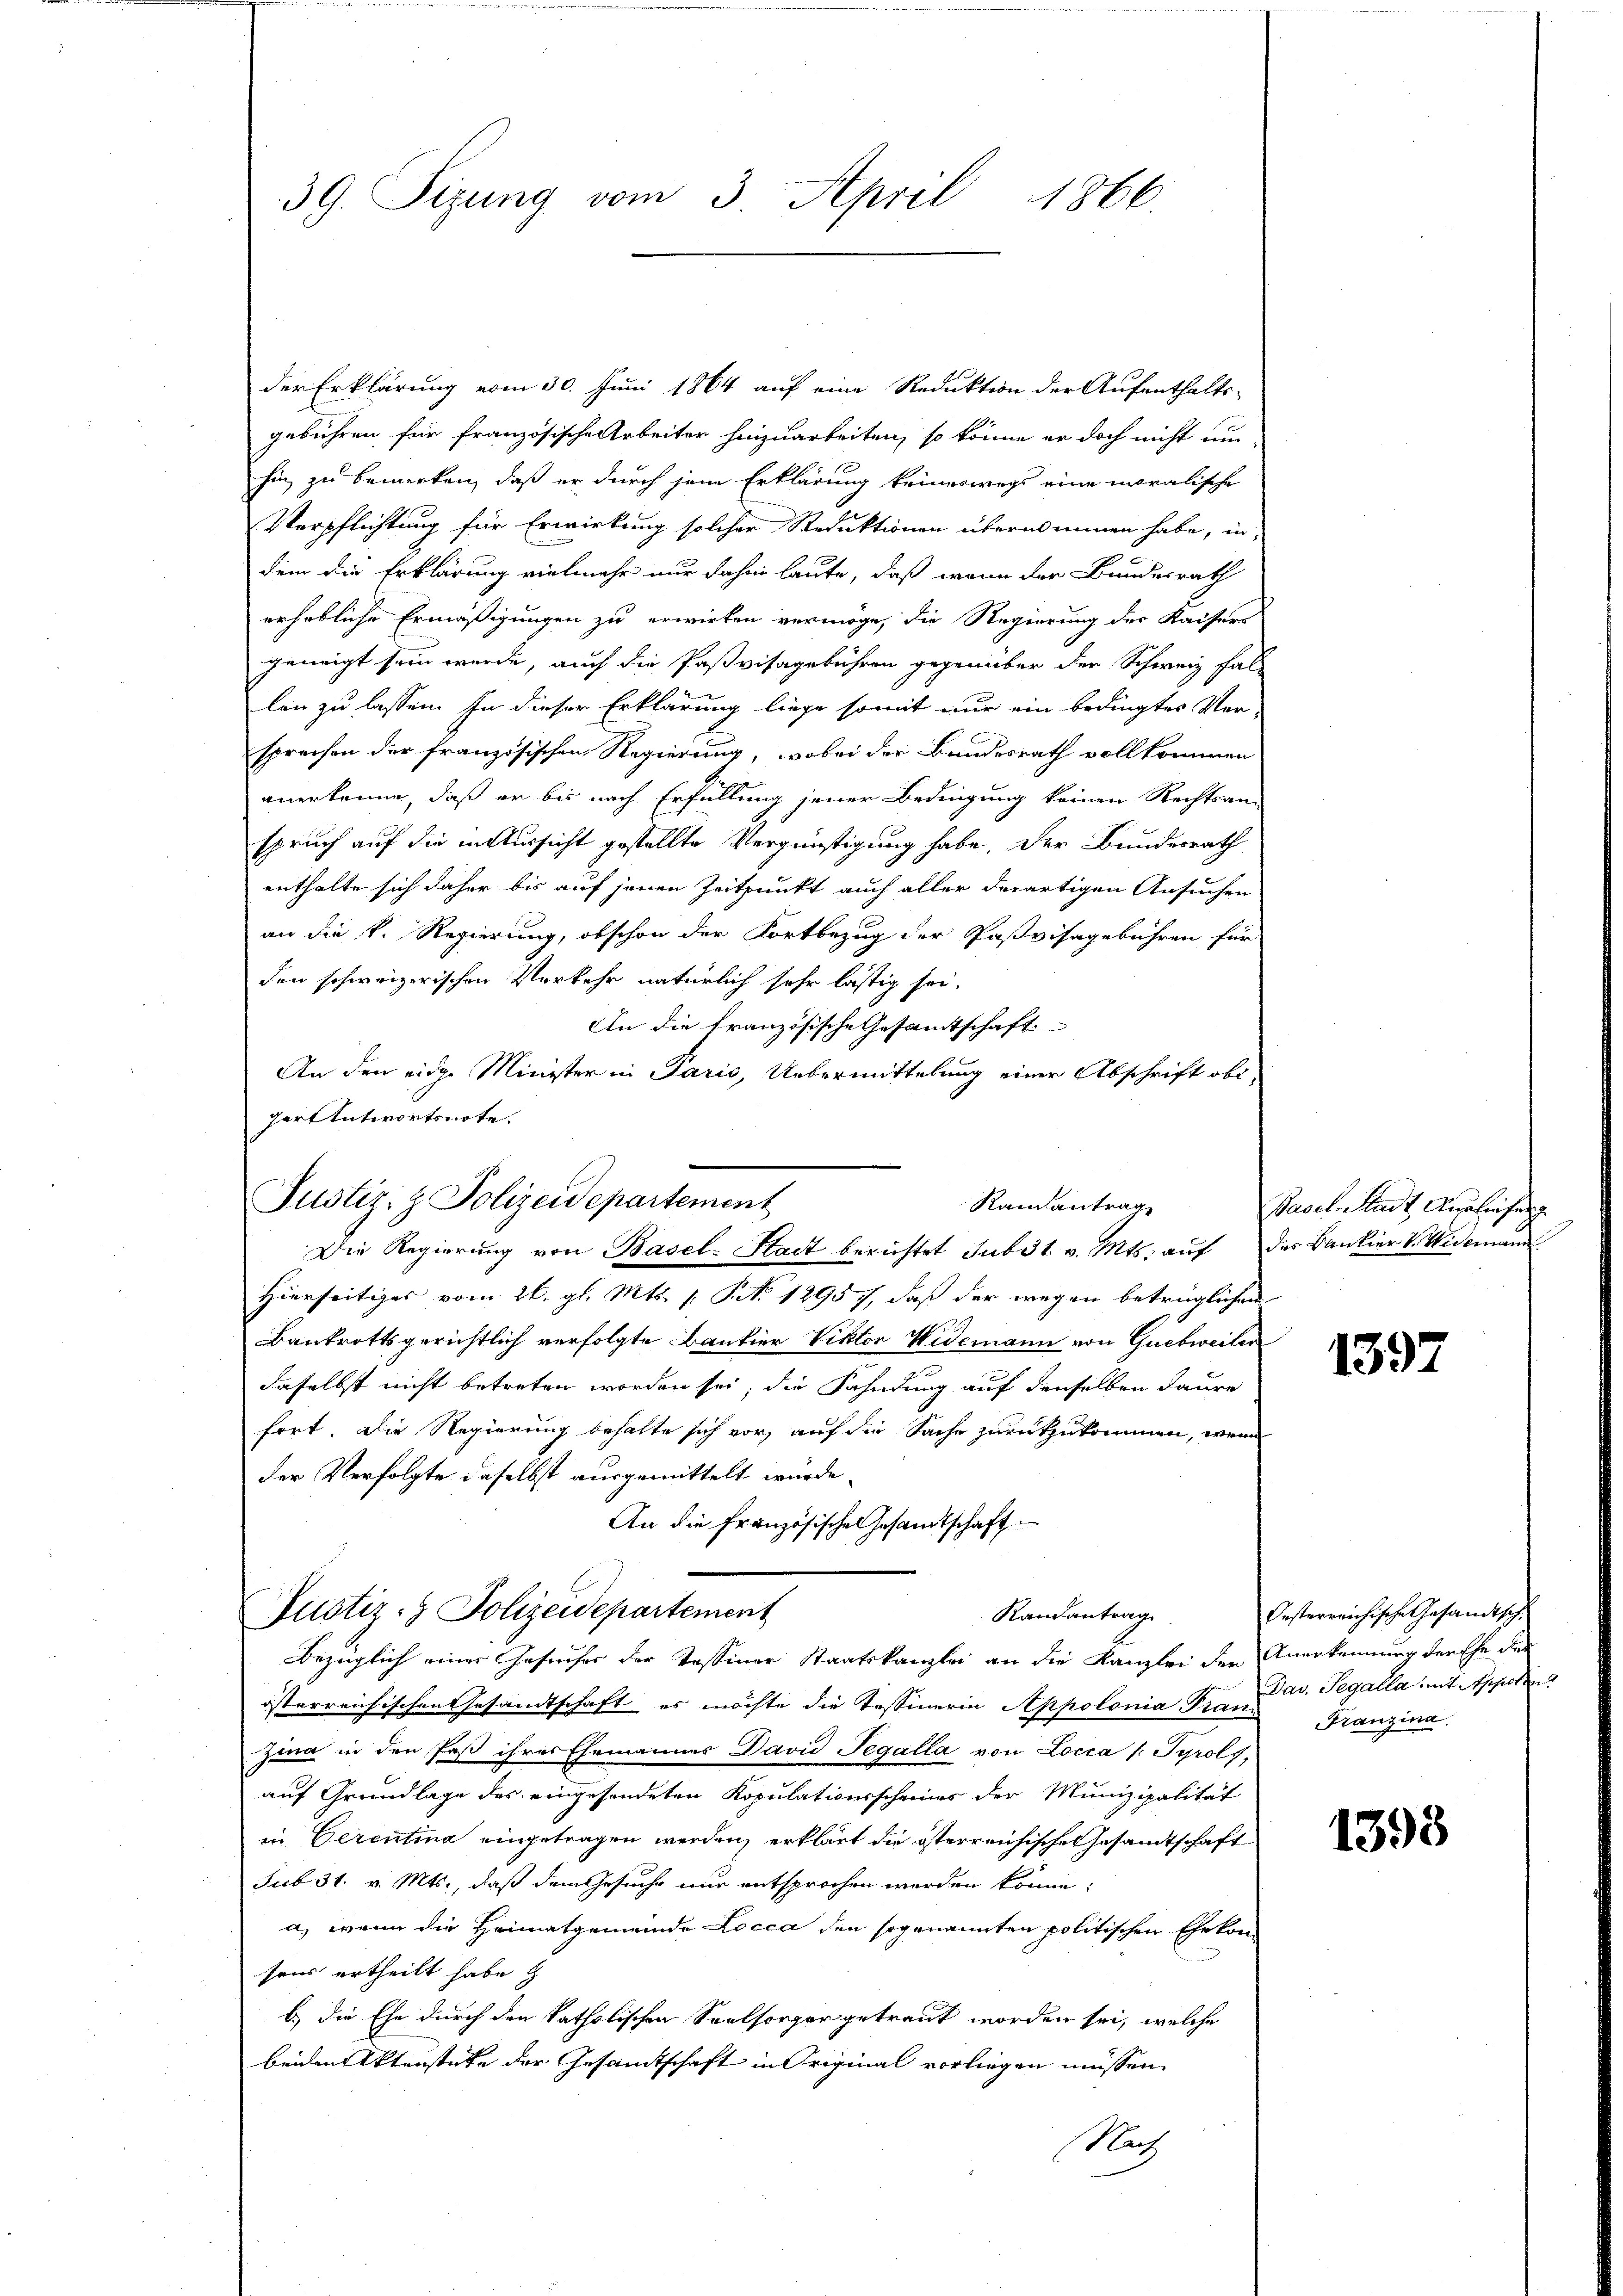
39. Sizung vom 3. April 1866

der Erklärung vom 30. Juni 1864 auf eine Reduktion der Aufenthalts-
gebühren für französische Arbeiter hinzuarbeiten, so könne er doch nicht um-
hin zu bemerken, daß er durch jene Erklärung keineswegs eine moralische
Verpflichtung für Erwirkung solcher Reduktionen übernommen habe, in
dem die Erklärung vielmehr nur dahin laute, daß wenn der Bundesrath
erhebliche Ermäßigungen zu erwirken vermöge, die Regierung der Kaisers
geneigt sein werde, auch die Pastvisagebühren gegenüber der Schweiz fal
len zu lassen. In dieser Erklärung liege somit nur ein bedingter Ver-
sprechen der französischen Regierung, wobei der Bundesrath vollkommen
anerkenne, daß er bis nach Erfüllung jener Bedingung keinen Rechtsan-
spruch auf die in Aussicht gestellte Vergünstigung habe. Der Bundesrath
enthalte sich daher bis auf jenen Zeitpunkt auch aller derartigen Ansuchen
an die k. Regierung, obschon der Fortbezug der Paßvisagebühren für
den schweizerischen Verkehr natürlich sehr lästig sei.
An die französische Gesamtschaft
An den eidge Minister in Paris, Uebermittelung einer Abschrift obiherantwortsnote.
Die Regierung von Basel-Stadt berichtet sub 31. v. Mts. auf des Bankier V. Widemann
Hierseitiges vom 26. gl. Mts. 1. No 12957, daß der wegen betrüglichen
Bankrottsgerichtlich verfolgte Bantier Viktor Widemann von Guebweilen
daselbst nicht betreten worden sei; die Fahndung auf denselben daure
fret. Die Regierung behalte sich vor, auf die Sache zurückzukommen, wenn
der Verfolgte daselbst ausgemittelt würde.
An die Französische Gesamtschaft
Justiz- & Polizeidepartement
Randantrag
Bezüglich einer Gesucher der Tessiner Staatskanzlei an die Kanzlei der Anerkennung der Ehe des
österreichischen Gesandtschaft, es möchte die Tessinerin Appolonia Finn Dav. Segalla mit Appolen
Zina in den Paß ihres Ehemannes David Pegálla von Locca /: Tyrols,
auf Grundlage des eingesendeten Kopulationsscheines der Munizipalität
in Cerentina eingetragen werden, erklärt die österreichische Gesandtschaft
sub 31. v. Mts., daß dem Gesucht nur entsprochen werden könne:
a) wenn die Heimatgemeinde Locca den sogenannten politischen Ehekon
sens ertheilt habe
b.) die Ehe durch den katholischen Seelsorger getraut worden sei, welche
beiden Aktenstüke der Gesamtschaft in Original vorliegen müssen.
Nach

Justiz- & Polizeidepartement
Randantrage

Pasel-Stadt Ausführung

1397

Oesterreichische Gesandtsch
Franzina

1398